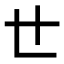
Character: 𠃒